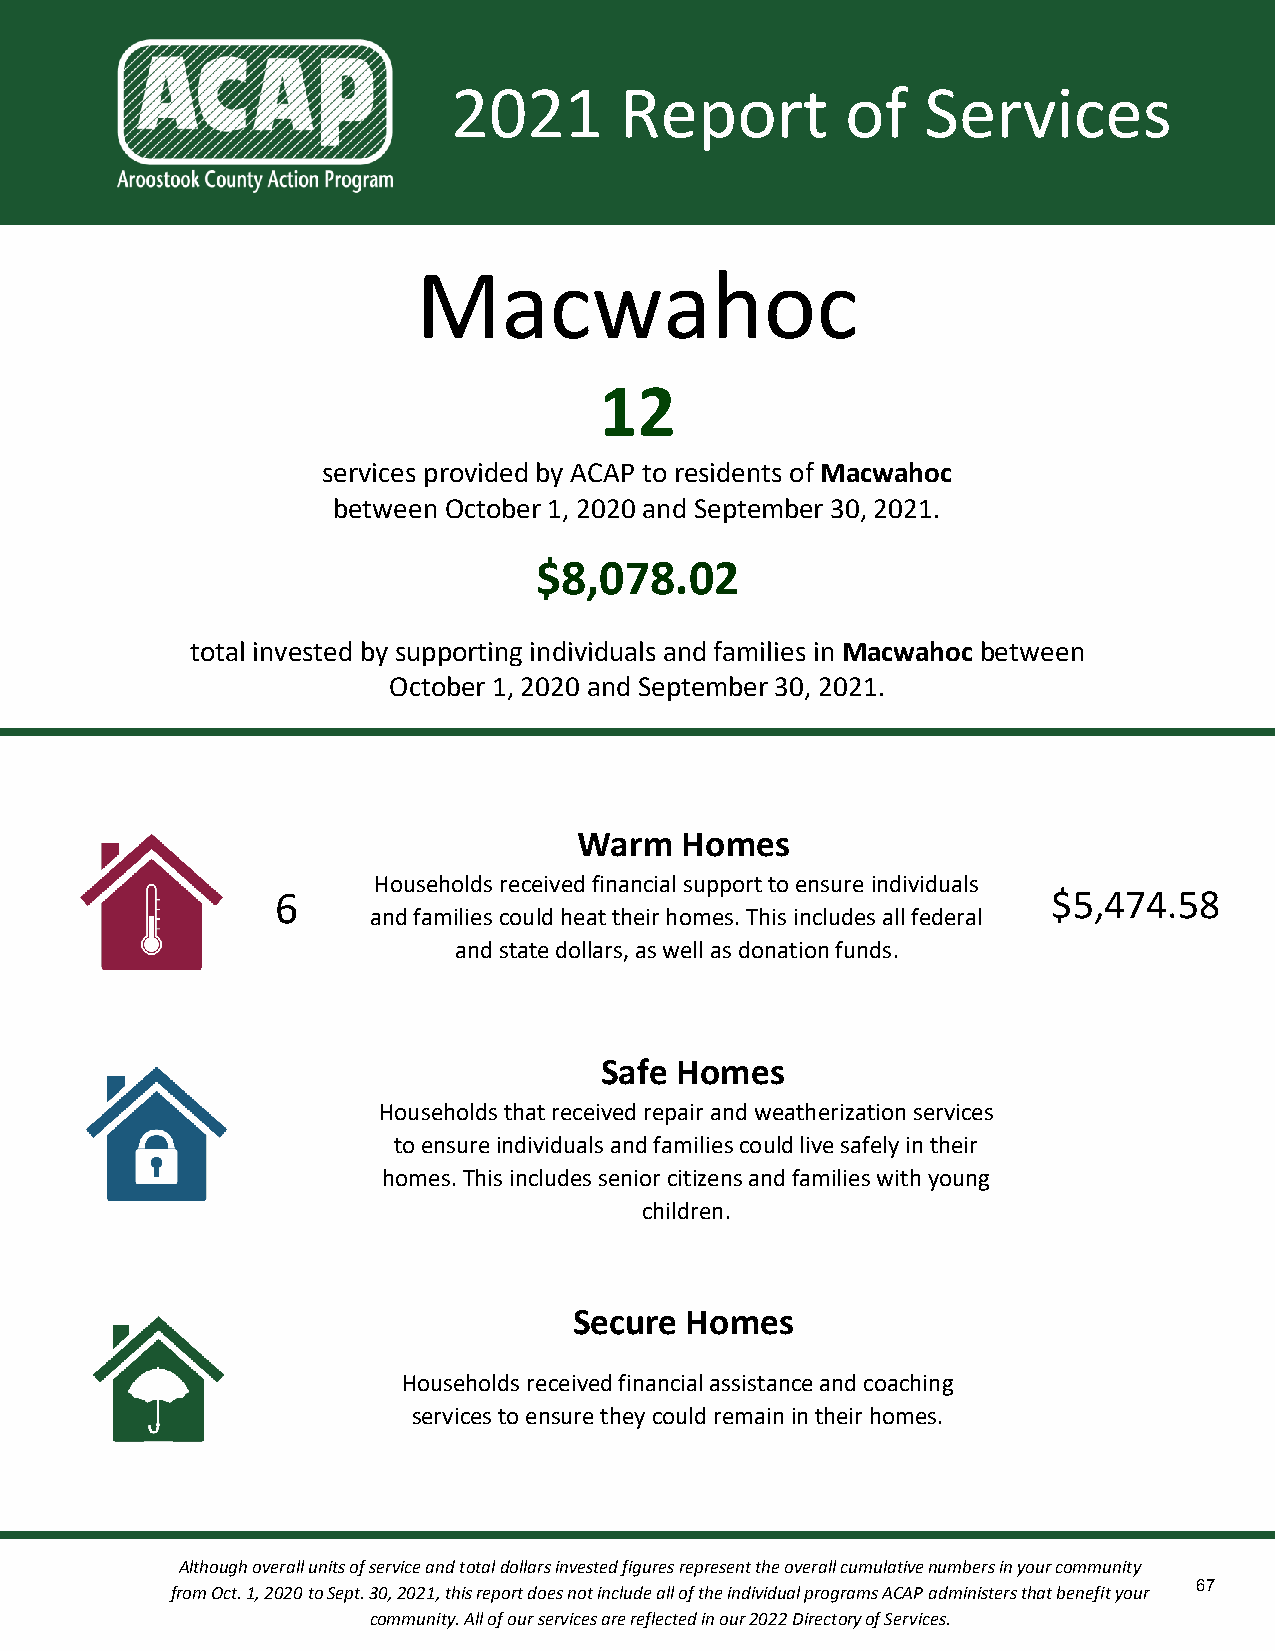
2021       Report         of   Services
 Macwahoc
 12
 services provided by ACAP to residents of Macwahoc
 between October 1, 2020 and September 30, 2021.
 $8,078.02
 total invested by supporting individuals and families in Macwahoc between
 October 1, 2020 and September 30, 2021.
 Warm   Homes
 Households received financial support to ensure individuals
 6                                                   $5,474.58
 and families could heat their homes. This includes all federal
 and state dollars, as well as donation funds.
 Safe Homes
 Households that received repair and weatherization services
 to ensure individuals and families could live safely in their
 homes. This includes senior citizens and families with young
 children.
 Secure Homes
 Households received financial assistance and coaching
 services to ensure they could remain in their homes.
 Although overall units of service and total dollars invested figures represent the overall cumulative numbers in your community
 67
 from Oct. 1, 2020 to Sept. 30, 2021, this report does not include all of the individual programs ACAP administers that benefit your
 community. All of our services are reflected in our 2022 Directory of Services.